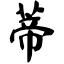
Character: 蒂